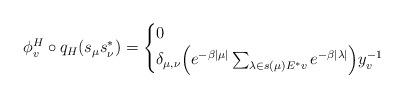
LaTeX: \begin{align*}\phi_v^H\circ q_H(s_\mu s^*_\nu)=\begin{cases}0&\\\delta_{\mu,\nu} \Big(e^{-\beta|\mu|}\sum_{\lambda\in s(\mu)E^*v}e^{-\beta|\lambda|}\Big)y_v^{-1}&\end{cases}\end{align*}